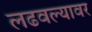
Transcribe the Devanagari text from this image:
लढवल्यावर